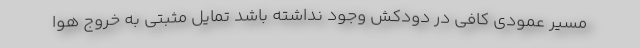
مسیر عمودی کافی در دودکش وجود نداشته باشد تمایل مثبتی به خروج هوا